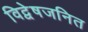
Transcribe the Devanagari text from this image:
विद्वेषजनित